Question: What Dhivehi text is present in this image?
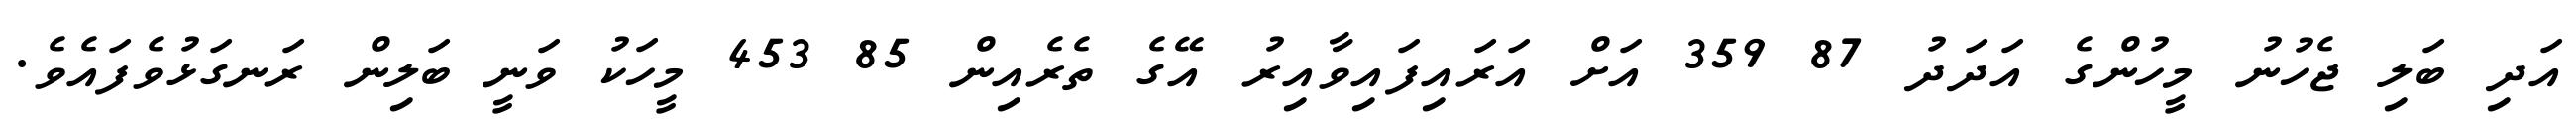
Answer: އަދި ބަލި ޖެހުނު މީހުންގެ އަދަދު 87 359 އަށް އަރައިފައިވާއިރު އޭގެ ތެރެއިން 85 453 މީހަކު ވަނީ ބަލިން ރަނގަޅުވެފައެވެ.